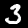
Digit: 3